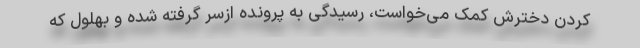
کردن دخترش کمک می‌خواست، رسیدگی به پرونده ازسر گرفته شده و بهلول که